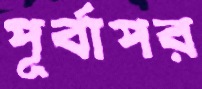
পূর্বাপর